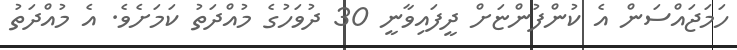
ހަމަޖައްސަން އެ ކުންފުންޏަށް ދީފައިވާނީ 30 ދުވަހުގެ މުއްދަތު ކަމަށެވެ. އެ މުއްދަތު